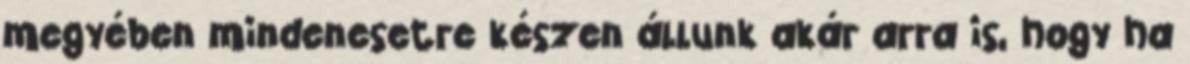
megyében mindenesetre készen állunk akár arra is, hogy ha